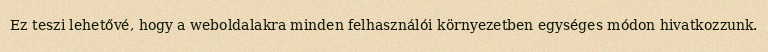
Ez teszi lehetővé, hogy a weboldalakra minden felhasználói környezetben egységes módon hivatkozzunk.